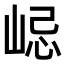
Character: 𡷞